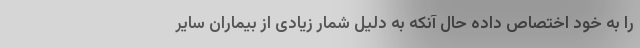
را به خود اختصاص داده حال آنکه به دلیل شمار زیادی از بیماران سایر